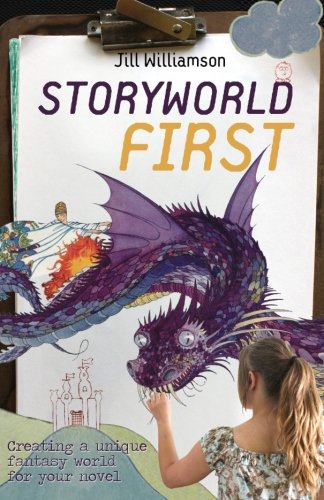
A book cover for Storyworld First: Creating a Unique Fantasy World for Your Novel; Jill Williamson; Science Fiction & Fantasy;